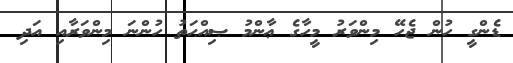
ޑެންގީ ހުން ޖެހޭ މިންވަރު މީހާގެ ޢާންމު ޞިއްޙަތު ހުންނަ މިންވަރާއި އަދި